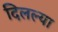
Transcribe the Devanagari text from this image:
दिलल्या